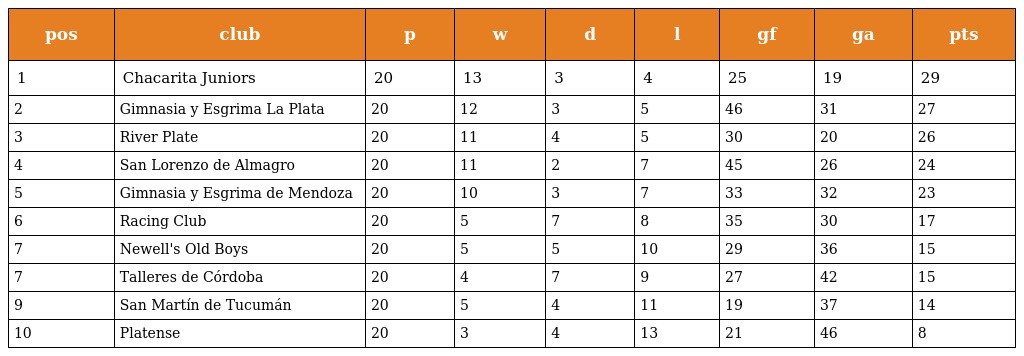
| pos | club | p | w | d | l | gf | ga | pts |
 | --- | --- | --- | --- | --- | --- | --- | --- | --- |
 | 1 | Chacarita Juniors | 20 | 13 | 3 | 4 | 25 | 19 | 29 |
 | 2 | Gimnasia y Esgrima La Plata | 20 | 12 | 3 | 5 | 46 | 31 | 27 |
 | 3 | River Plate | 20 | 11 | 4 | 5 | 30 | 20 | 26 |
 | 4 | San Lorenzo de Almagro | 20 | 11 | 2 | 7 | 45 | 26 | 24 |
 | 5 | Gimnasia y Esgrima de Mendoza | 20 | 10 | 3 | 7 | 33 | 32 | 23 |
 | 6 | Racing Club | 20 | 5 | 7 | 8 | 35 | 30 | 17 |
 | 7 | Newell's Old Boys | 20 | 5 | 5 | 10 | 29 | 36 | 15 |
 | 7 | Talleres de Córdoba | 20 | 4 | 7 | 9 | 27 | 42 | 15 |
 | 9 | San Martín de Tucumán | 20 | 5 | 4 | 11 | 19 | 37 | 14 |
 | 10 | Platense | 20 | 3 | 4 | 13 | 21 | 46 | 8 |